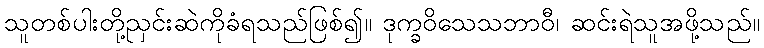
သူတစ်ပါးတို့ညှင်းဆဲကိုခံရသည်ဖြစ်၍။ ဒုက္ခဝိသေသဘာဝီ၊ ဆင်းရဲသူအဖို့သည်။